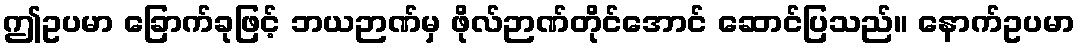
ဤဥပမာ ခြောက်ခုဖြင့် ဘယဉာဏ်မှ ဖိုလ်ဉာဏ်တိုင်အောင် ဆောင်ပြသည်။ နောက်ဥပမာ